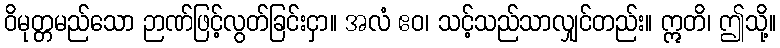
ဝိမုတ္တမည်သော ဉာဏ်ဖြင့်လွတ်ခြင်းငှာ။ အလံ ဧဝ၊ သင့်သည်သာလျှင်တည်း။ ဣတိ၊ ဤသို့။